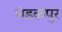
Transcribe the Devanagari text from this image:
भंडकपुर